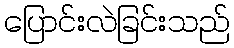
ပြောင်းလဲခြင်းသည်